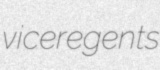
viceregents